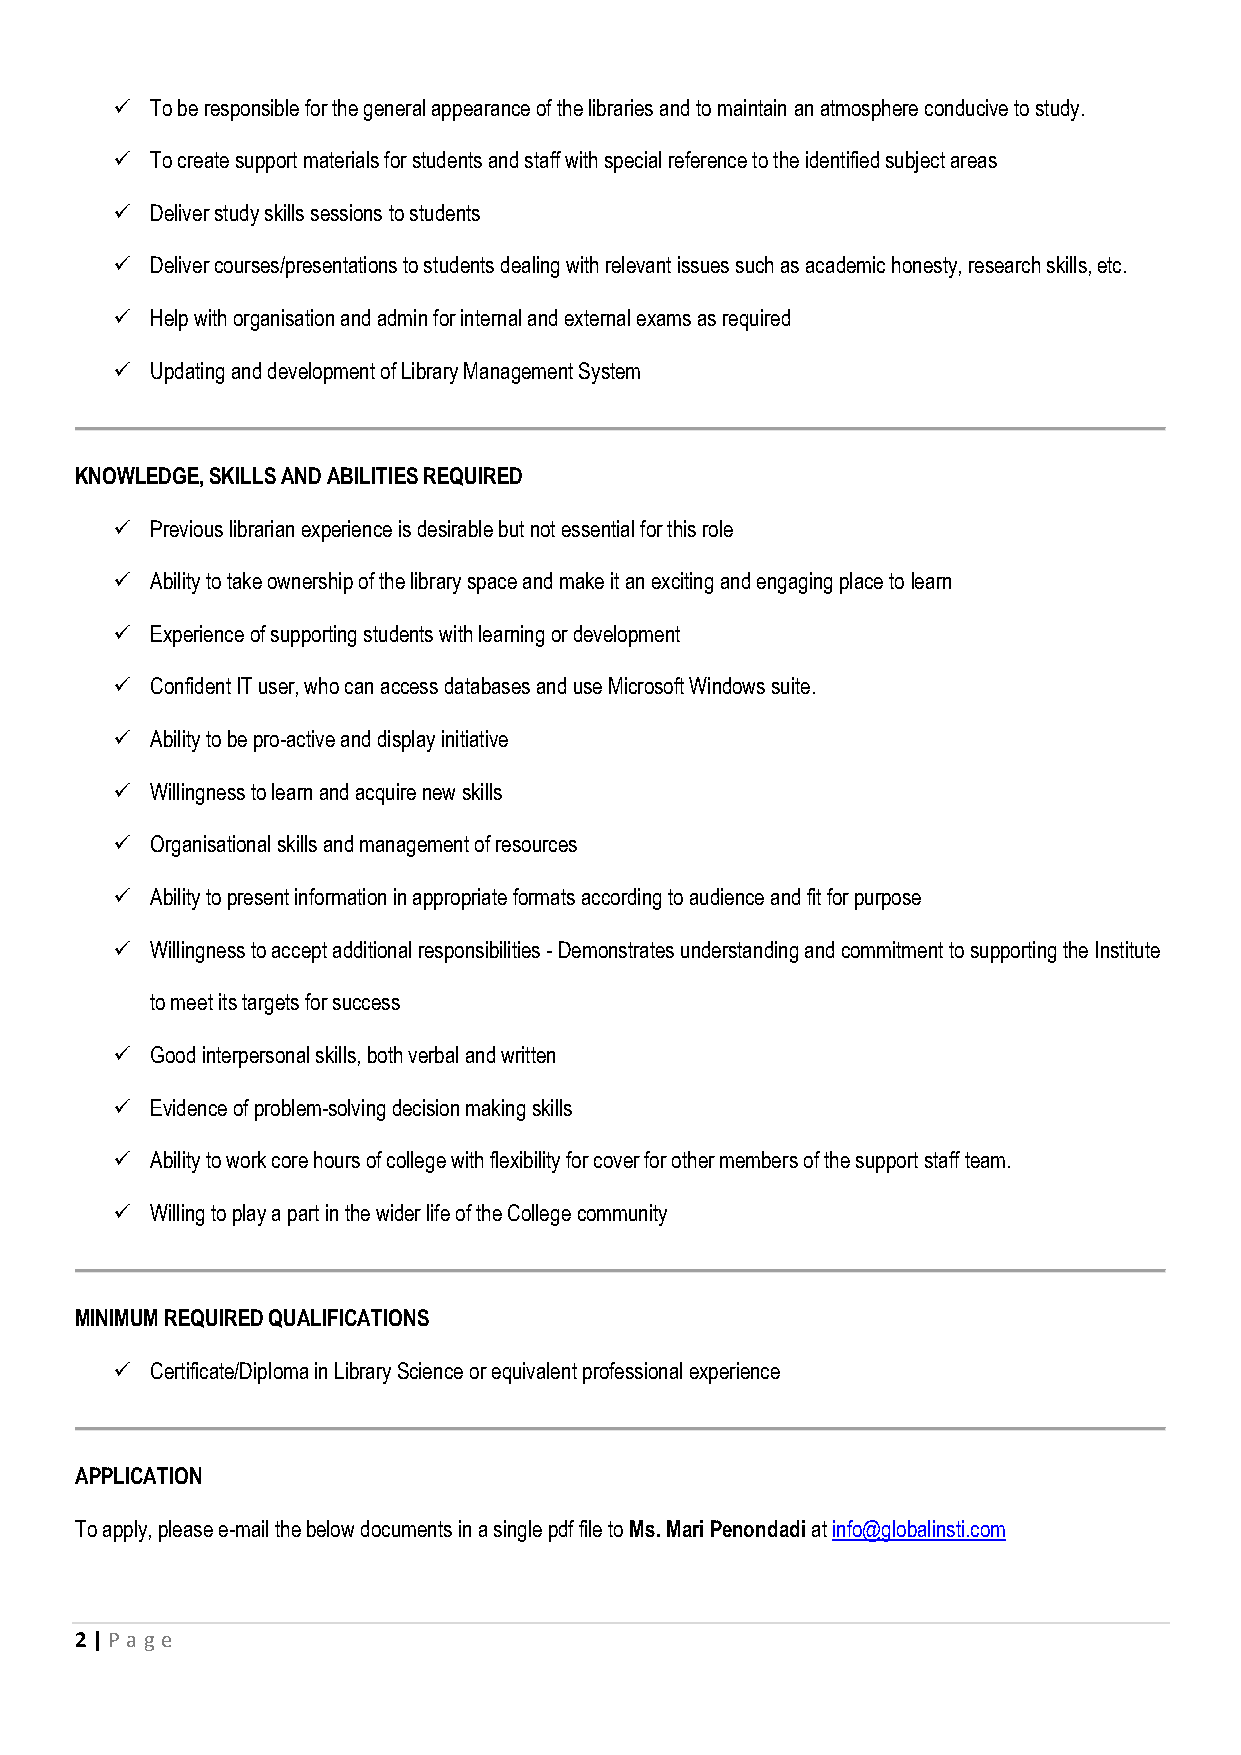
✓  To be responsible for the general appearance of the libraries and to maintain an atmosphere conducive to study.
 ✓  To create support materials for students and staff with special reference to the identified subject areas
 ✓  Deliver study skills sessions to students
 ✓  Deliver courses/presentations to students dealing with relevant issues such as academic honesty, research skills, etc.
 ✓  Help with organisation and admin for internal and external exams as required
 ✓  Updating and development of Library Management System
 KNOWLEDGE, SKILLS AND ABILITIES REQUIRED
 ✓  Previous librarian experience is desirable but not essential for this role
 ✓  Ability to take ownership of the library space and make it an exciting and engaging place to learn
 ✓  Experience of supporting students with learning or development
 ✓  Confident IT user, who can access databases and use Microsoft Windows suite.
 ✓  Ability to be pro-active and display initiative
 ✓  Willingness to learn and acquire new skills
 ✓  Organisational skills and management of resources
 ✓  Ability to present information in appropriate formats according to audience and fit for purpose
 ✓  Willingness to accept additional responsibilities - Demonstrates understanding and commitment to supporting the Institute
 to meet its targets for success
 ✓  Good interpersonal skills, both verbal and written
 ✓  Evidence of problem-solving decision making skills
 ✓  Ability to work core hours of college with flexibility for cover for other members of the support staff team.
 ✓  Willing to play a part in the wider life of the College community
 MINIMUM REQUIRED QUALIFICATIONS
 ✓  Certificate/Diploma in Library Science or equivalent professional experience
 APPLICATION
 To apply, please e-mail the below documents in a single pdf file to Ms. Mari Penondadi at info@globalinsti.com
 2 | P age